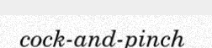
cock-and-pinch